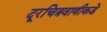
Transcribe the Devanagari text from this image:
दूरचित्रवाणीकडे